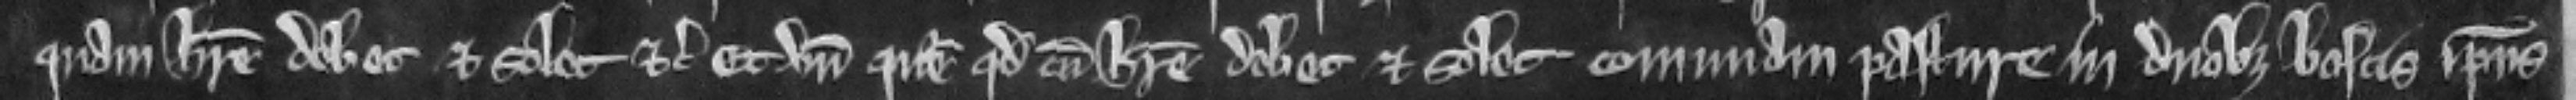
quam habere debet et solet etc. Et vnde queritur quod cum habere debet et solet comunam pasture in duobus boscis ipsius